65_HS1-834228961_62-HQ-83894_Section_8
Agency: FBI
Page 217
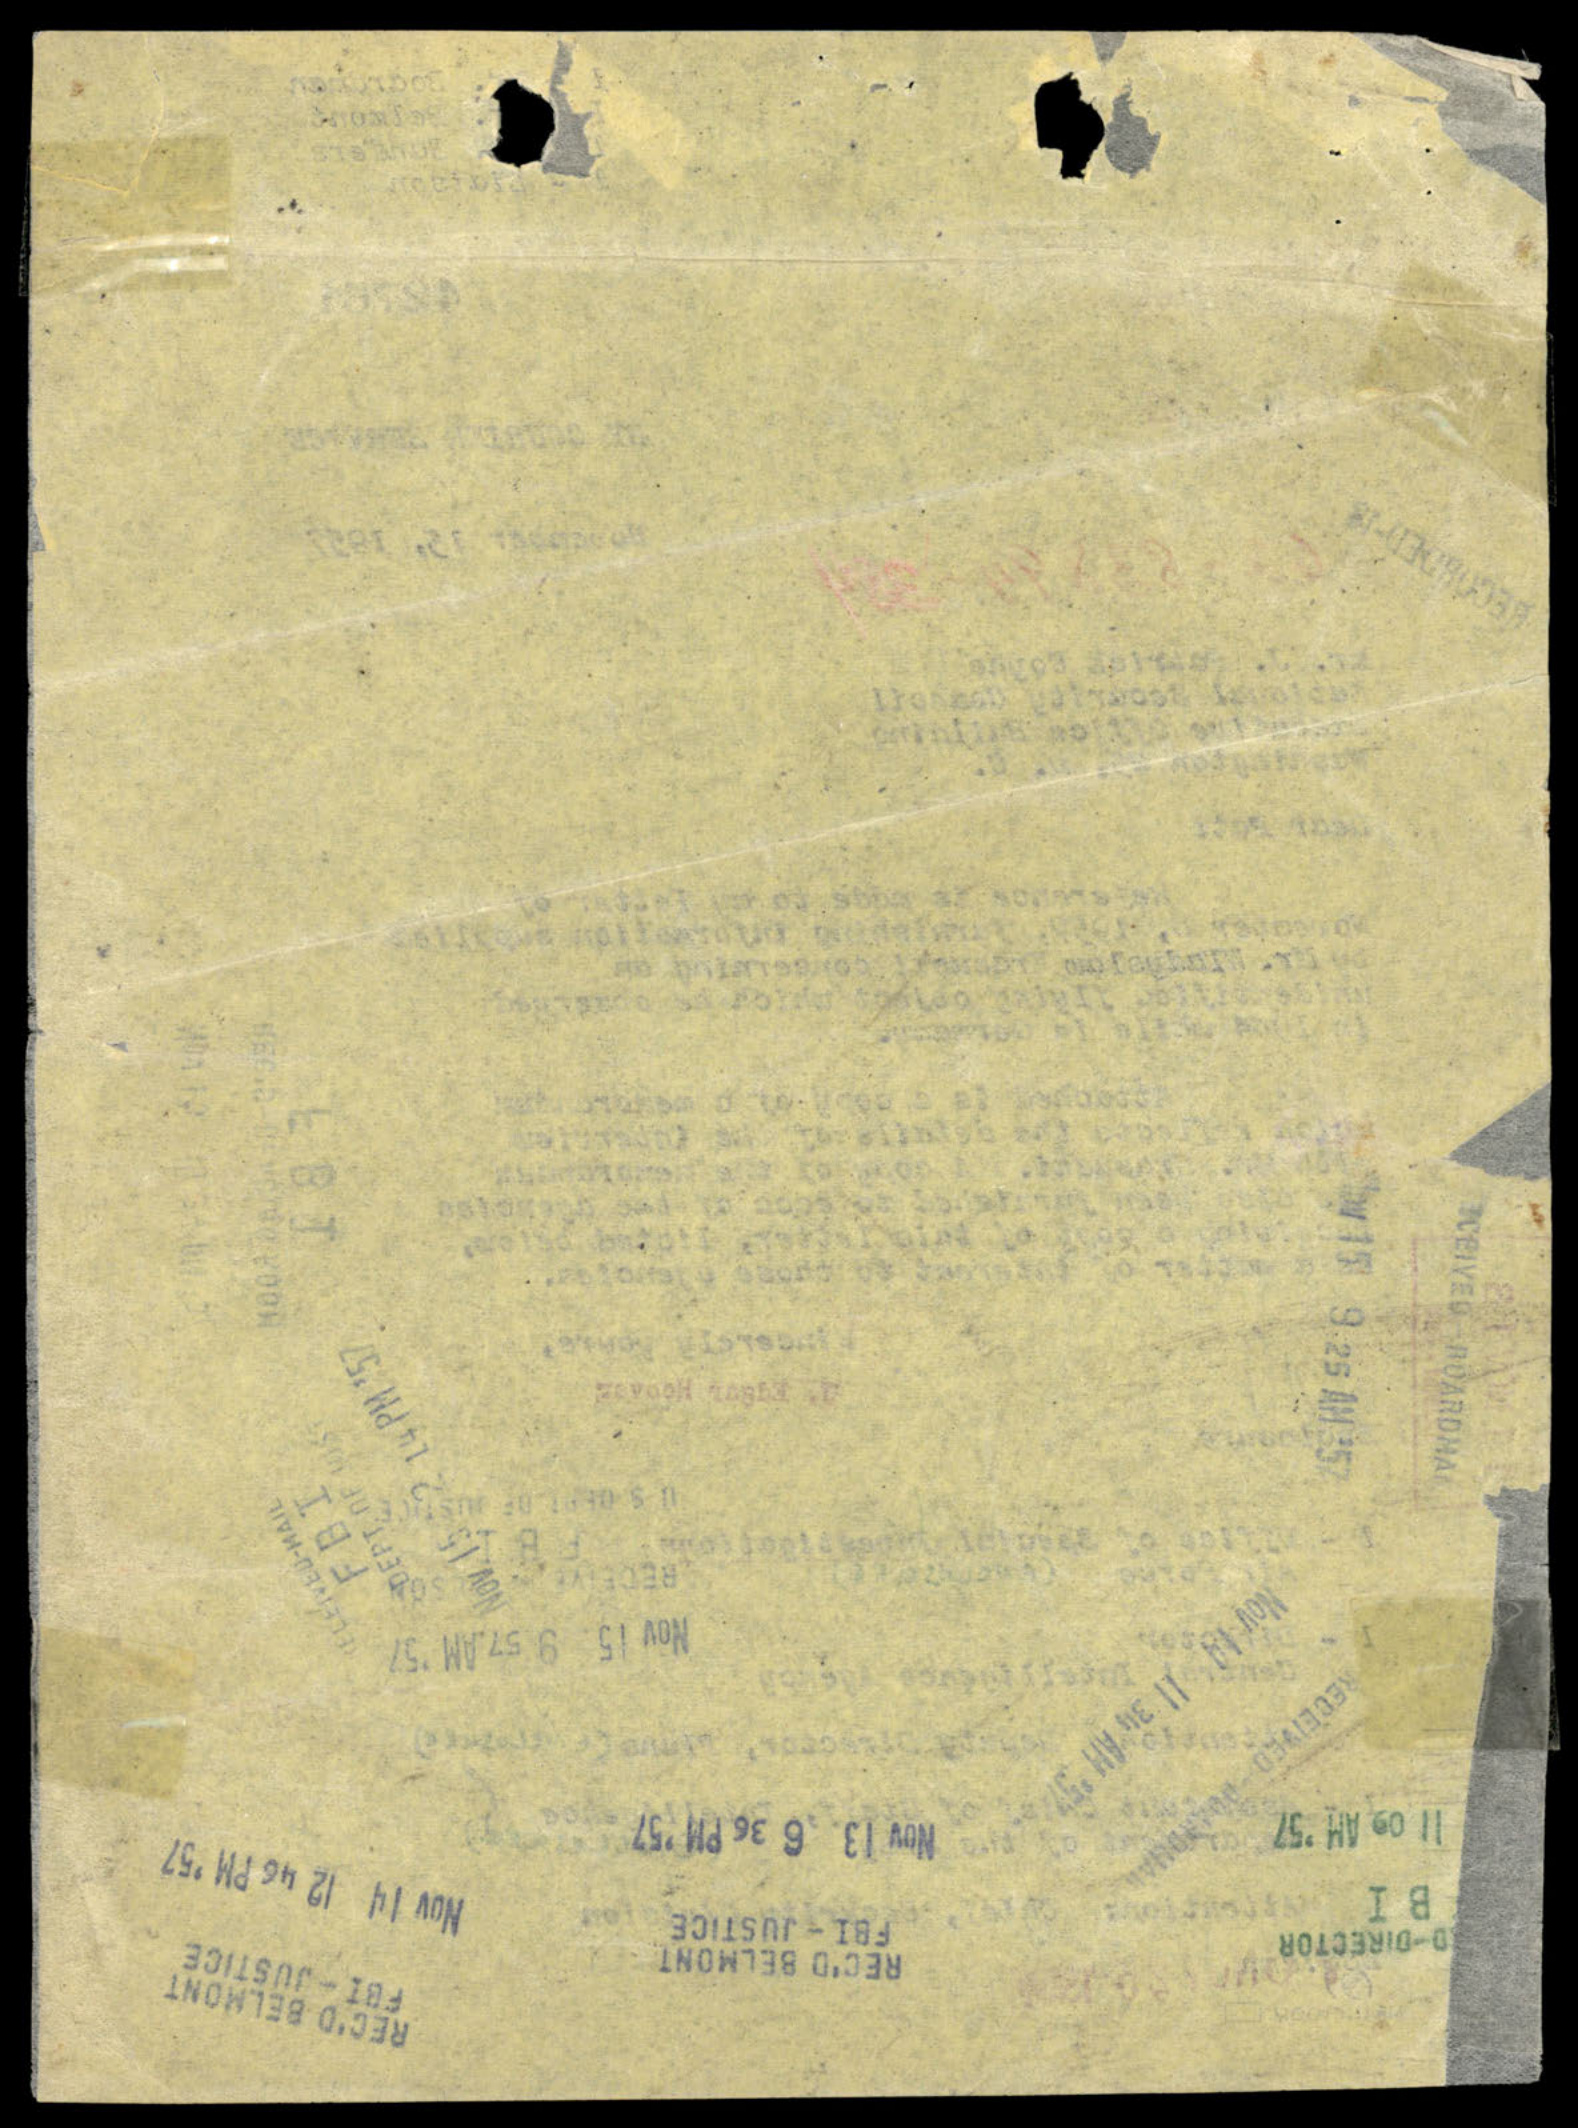